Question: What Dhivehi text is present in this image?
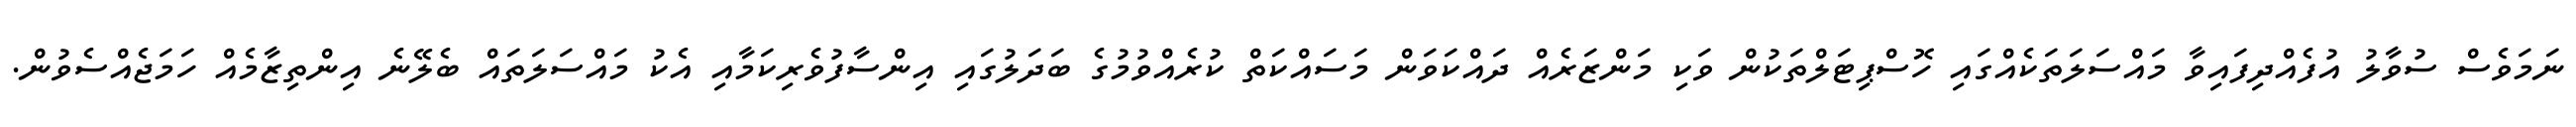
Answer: ނަމަވެސް ސުވާލު އުފެއްދިފައިވާ މައްސަލަތަކެއްގައި ހޮސްޕިޓަލްތަކުން ވަކި މަންޒަރެއް ދައްކަވަން މަސައްކަތް ކުރެއްވުމުގެ ބަދަލުގައި އިންސާފުވެރިކަމާއި އެކު މައްސަލަތައް ބެލޭނެ އިންތިޒާމެއް ހަމަޖެއްސެވުން.